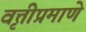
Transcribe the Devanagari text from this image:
वृत्तीप्रमाणे